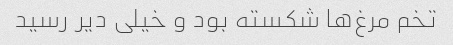
تخم مرغ‌ها شکسته بود و خیلی دیر رسید